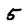
Character: 5